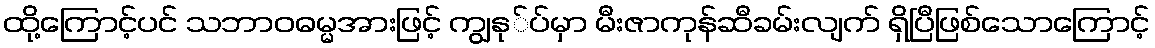
ထို့ကြောင့်ပင် သဘာဝဓမ္မအားဖြင့် ကျွနု်ပ်မှာ မီးဇာကုန်ဆီခမ်းလျက် ရှိပြီဖြစ်သောကြောင့်